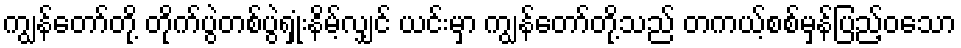
ကျွန်တော်တို့ တိုက်ပွဲတစ်ပွဲရှုံးနိမ့်လျှင် ယင်းမှာ ကျွန်တော်တို့သည် တကယ့်စစ်မှန်ပြည့်ဝသော